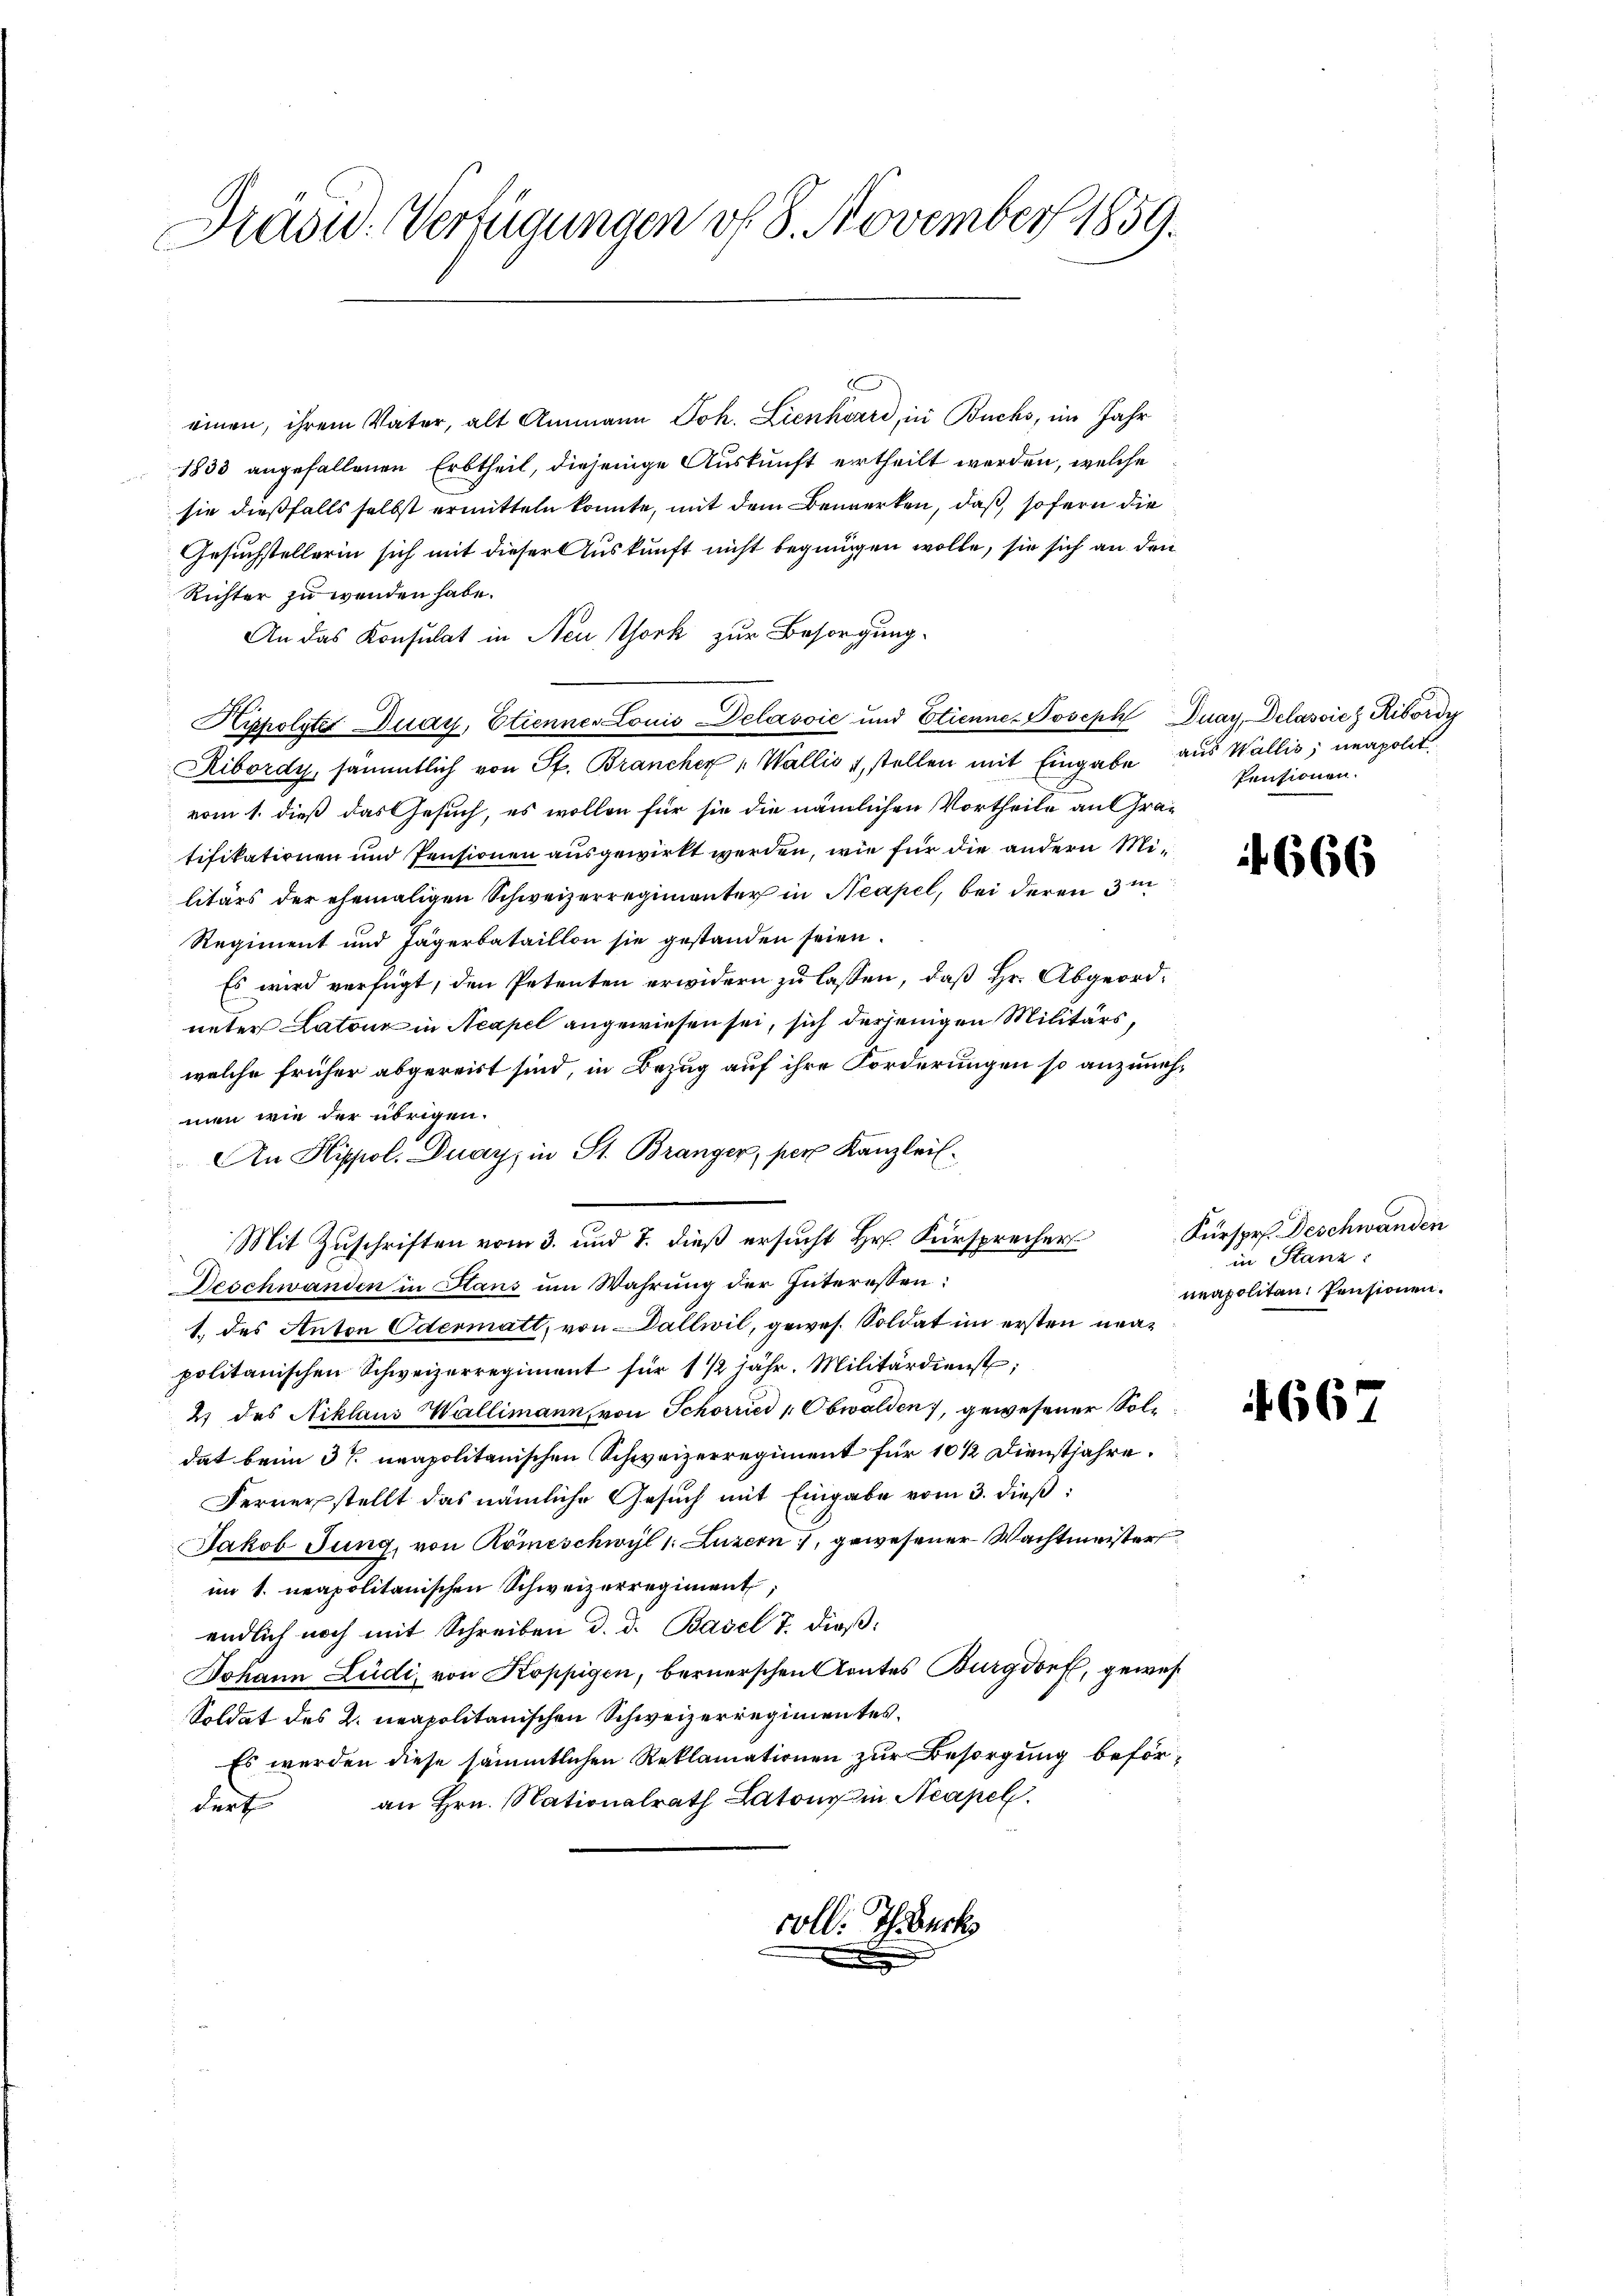
Präsid. Verfügungen v. 8. November 1859.

d
einen, ihrem Vater, alt Ammann Joh. Lienhard, in Buchs, im Jahr
1833 angefallenen Erbtheil, diejenige Auskunft ertheilt werden, welche
sie dießfalls selbst ermitteln konnte, mit dem Bewerken, daß sofern die
Gesuchstellerin sich mit dieser Auskunft nicht begnügen wolle, sie sich an den
Richter zu wenden habe.
An das Konsulat in Neu Chork zur Besorgung.
Kippolste Duay, Etienner Louis Delassie und Etienne-Joseph Duay, Delassich Ribordi
Ribordy, sämmtlich von St. Brancher „Wallis & stellen mit Eingabe aus Wallis, neapolit.
vom 1. dieß das Gesuch, es wollen für sie die nämlichen Vortheile an Gratifikationen und Pensionen ausgewirkt werden, wie für die andern Militärs der ehemaligen Schweizerregimenter in Neapel, bei deren 3 m
Regiment und Jägerbataillon sie gestanden seien.
Es wird verfügt, den Petenten erwidern zu lassen, daß Hr. Abgeordunter Latour in Neapel angewiesen sei, sich derjenigen Militärs,
welche früher abgereist sind, in Bezug auf ihre Forderungen so anzunehmen wie der übrigen.
An Hippol. Duay, in St. Branger, per Kanzlei-
Mit Zuschriften vom 3. und 7. dieß ersucht Hr. Fürsprecher
Deschwanden in Hans um Wahrung der Interessen:
1. des Anton Odermatt, von Dallwil, gewes. Soldat im ersten neupolitanischen Schweizerregiment für 1 1/2 jähr. Militärdienst,
4) des Niklaus Wallimann, von Schorried " Obwalden, gewesener Soldat beim 3 t ueapolitanischen Schweizerregiment für 10 1/2 Dienstjahre.
Fernerstellt das nämliche Gesuch mit Eingabe vom 3. dieß:
Jakob Jung, von Römeschwyl 1. Luzern, gewesener Wachtmeister
im 1. neapolitanischen Schweizerregiment,
endlich noch mit Schreiben d. d. Basel 7. dieß¬
Johann Ludi, von Koppigen, bernerschen Kontes Burgdorf, gewes
Soldat des 2. neapolitanischen Schweizerregimentes.
Es werden diese sämmtlichen Reklamationen zur Besorgung beföran Hrn. Nationalrath Latone in Neapel
dert
coll. Th. Beck

Pensionen.

4666

Fürsprs. Deschwänden
in Stanz:
neapolitan. Pensionen.

667